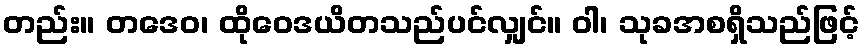
တည်း။ တဒေဝ၊ ထိုဝေဒယိတသည်ပင်လျှင်။ ဝါ၊ သုခအစရှိသည်ဖြင့်